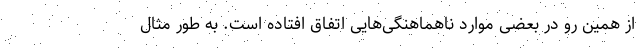
از همین رو در بعضی موارد ناهماهنگی‌هایی اتفاق افتاده است. به طور مثال